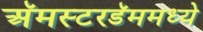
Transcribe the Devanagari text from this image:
अॅमस्टरडॅममध्ये